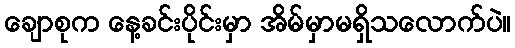
ချောစုက နေ့ခင်းပိုင်းမှာ အိမ်မှာမရှိသလောက်ပဲ။